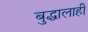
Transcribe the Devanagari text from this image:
बुद्धालाही